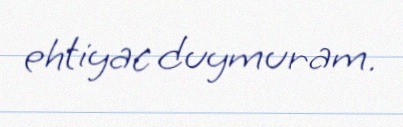
ehtiyac duymuram.